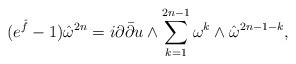
LaTeX: \begin{align*}(e^{\hat f} - 1)\hat\omega^{2n} = i\partial\bar\partial u \wedge \sum_{k = 1}^{2n-1}\omega^k\wedge \hat\omega^{2n-1-k},\end{align*}